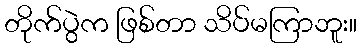
တိုက်ပွဲက ဖြစ်တာ သိပ်မကြာဘူး။